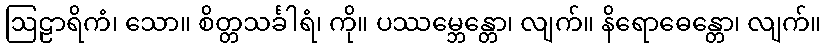
ဩဠာရိကံ၊ သော။ စိတ္တသင်္ခါရံ၊ ကို။ ပဿမ္ဘေန္တော၊ လျက်။ နိရောဓေန္တော၊ လျက်။